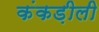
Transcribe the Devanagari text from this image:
कंकड़ीली